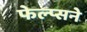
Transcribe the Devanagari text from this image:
फेल्प्सने